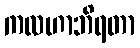
ကလဟာဘိရတာ